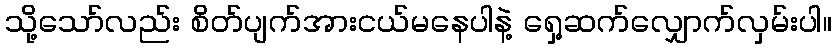
သို့သော်လည်း စိတ်ပျက်အားငယ်မနေပါနဲ့ ရှေ့ဆက်လျှောက်လှမ်းပါ။